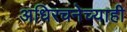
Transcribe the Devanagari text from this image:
अधिरचनेच्याही